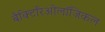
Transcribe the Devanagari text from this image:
बैक्टिरिओलॉजिकल